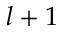
l + 1